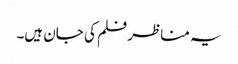
یہ مناظر فلم کی جان ہیں۔